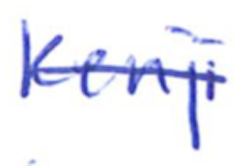
Text: Kenji
Cross-out: single-line
Writing tool: ballpoint